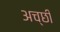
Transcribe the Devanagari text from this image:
अच्छी